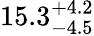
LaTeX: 15.3_{-4.5}^{+4.2}